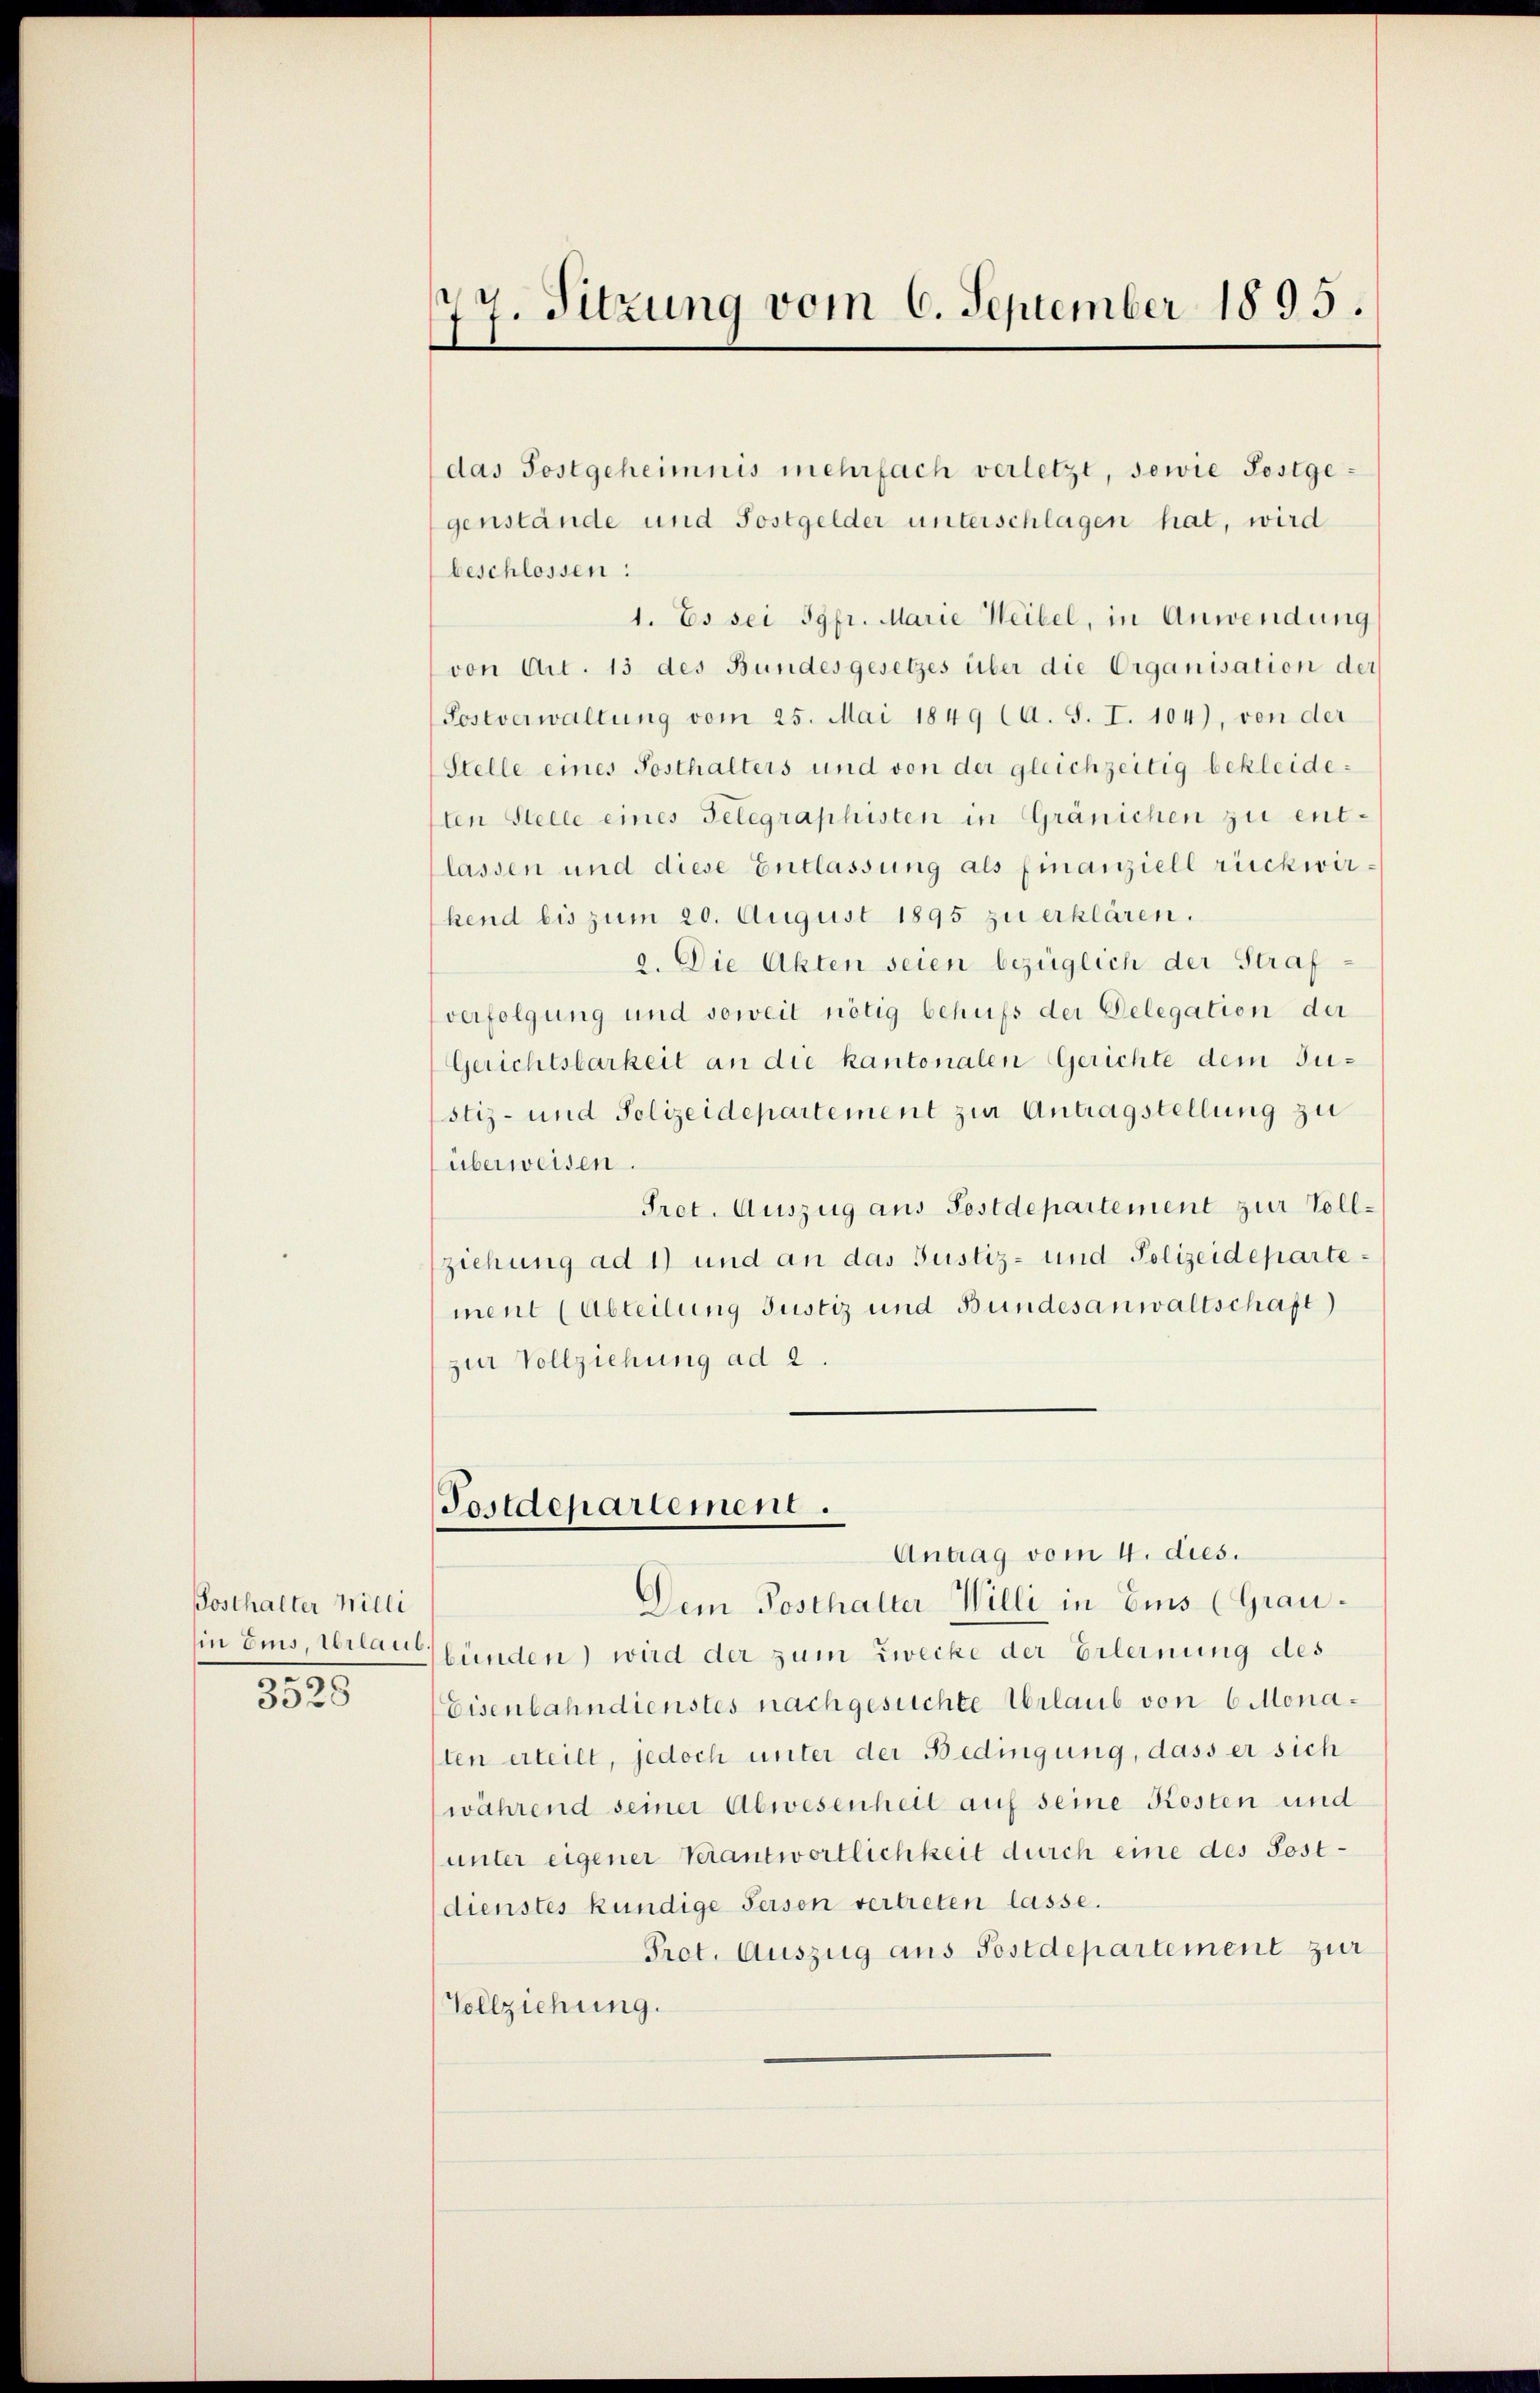
Posthalter Milli
e
3328

77. Sitzung vom 6. September 1895.

das Postgeheimnis mehrfach verletzt, sowie Postgegenstände und Sostgelder unterschlagen hat, wird
beschlossen:
1. Es sei Jgfr. Marie Weibel, in Anwendung
von Art. 13 des Bundesgesetzes über die Organisation der
Postverwaltung vom 25. Mai 1849 (A. S. I. 104), von der
Stelle eines Posthalters und von der gleichzeitig bekleideften Stelle eines Telegraphisten in Gränichen zu entlassen und diese Entlassung als Finanziell rückwirhend bis zum 20. August 1895 zu erklären.
a. Die Akten seien bezüglich der Strafverfolgung und soweit nötig behufs der Delegation der
Gerichtsbarkeit an die kantonalen Gerichte dem Ju¬
Istiz- und Polizeidepartement zur Antragstellung zu
überweisen.
Pret. Auszug aus Festdepartement zur Vollziehung ad 1) und an das Justiz- und Polizeidepartement (Abteilung Justiz und Bundesanwaltschaft)
zur Vollziehung ad 2.

Postdepartement.
Antrag vom 4. dies.

Dem Posthalter Willi in Eins (Grauin Eins, verlastunden) wird der zum Zwecke der Erlernung des
Eisenbahndienstes nachgesuchte Urlaub von 6 Monasten erteilt, jedoch unter der Bedingung, dass er sich
während seiner Abwesenheit auf seine Kosten und
unter eigener Verantwortlichkeit durch eine des Postdienstes kundige Fersen vertreten lasse.
Pret. Auszug aus Postdepartement zur
Vollziehung.